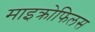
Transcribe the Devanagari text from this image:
माइक्रोफिलस